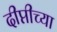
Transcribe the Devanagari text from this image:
दीप्तीच्या